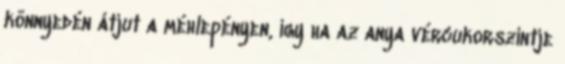
könnyedén átjut a méhlepényen, így ha az anya vércukorszintje